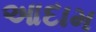
આદામ